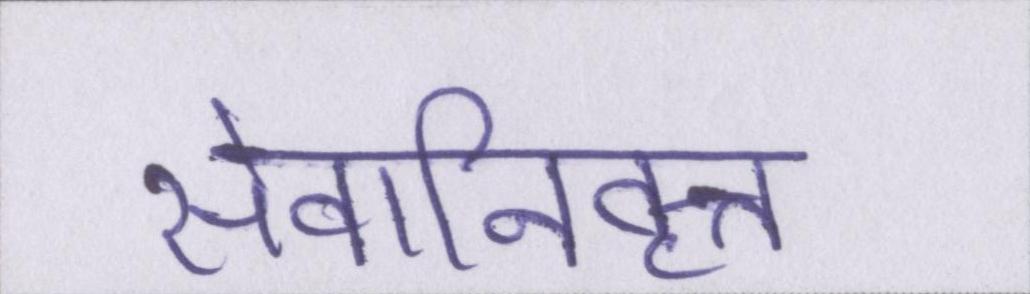
सेवानिवृत्त